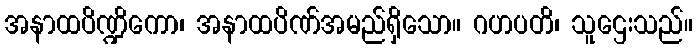
အနာထပိဏ္ဍိကော၊ အနာထပိဏ်အမည်ရှိသော။ ဂဟပတိ၊ သူဌေးသည်။